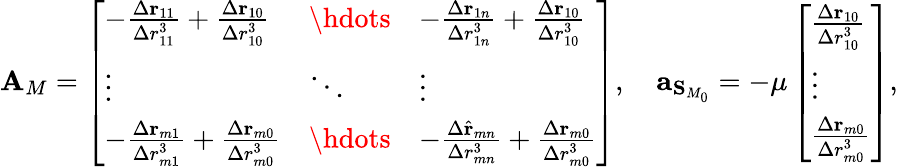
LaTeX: \mathbf{A}_{M}=\left[\begin{array}{lll}{-\frac{\Delta\mathbf{r}_{11}}{\Delta r_{11}^{3}}+\frac{\Delta\mathbf{r}_{10}}{\Delta r_{10}^{3}}}&{\hdots}&{-\frac{\Delta\mathbf{r}_{1n}}{\Delta r_{1n}^{3}}+\frac{\Delta\mathbf{r}_{10}}{\Delta r_{10}^{3}}}\\ {\vdots}&{\ddots}&{\vdots}\\ {-\frac{\Delta\mathbf{r}_{m1}}{\Delta r_{m1}^{3}}+\frac{\Delta\mathbf{r}_{m0}}{\Delta r_{m0}^{3}}}&{\hdots}&{-\frac{\Delta\hat{\mathbf{r}}_{mn}}{\Delta r_{mn}^{3}}+\frac{\Delta\mathbf{r}_{m0}}{\Delta r_{m0}^{3}}}\end{array}\right],\quad\mathbf{a}_{\mathbf{S}_{M_{0}}}=-\mu\left[\begin{array}{l}{\frac{\Delta\mathbf{r}_{10}}{\Delta r_{10}^{3}}}\\ {\vdots}\\ {\frac{\Delta\mathbf{r}_{m0}}{\Delta r_{m0}^{3}}}\end{array}\right],